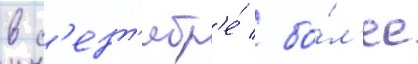
в с'ент'ябр'е́ / бо́л'ее